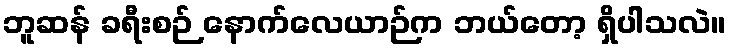
ဘူဆန် ခရီးစဉ် နောက်လေယာဉ်က ဘယ်တော့ ရှိပါသလဲ။